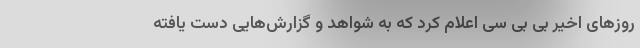
روزهای اخیر بی بی سی اعلام کرد که به شواهد و گزارش‌هایی دست یافته